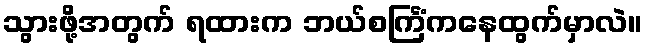
သွားဖို့အတွက် ရထားက ဘယ်စင်္ကြံကနေထွက်မှာလဲ။